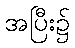
အပြီး၌